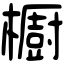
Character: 櫉